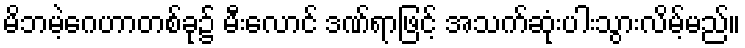
မိဘမဲ့ဂေဟာတစ်ခု၌ မီးလောင် ဒဏ်ရာဖြင့် အသက်ဆုံးပါးသွားလိမ့်မည်။